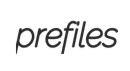
prefiles